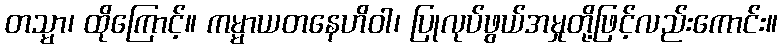
တသ္မာ၊ ထိုကြောင့်။ ကမ္မာယတနေဟိဝါ၊ ပြုလုပ်ဖွယ်အမှုတို့ဖြင့်လည်းကောင်း။